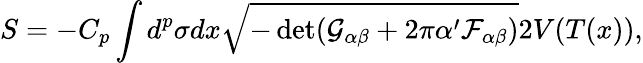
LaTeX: S=-C_{p}\int d^{p}\sigma dx\sqrt{-\operatorname*{det}(\mathcal{G}_{\alpha\beta}+2\pi\alpha^{\prime}\mathcal{F}_{\alpha\beta})}2V(T(x)),